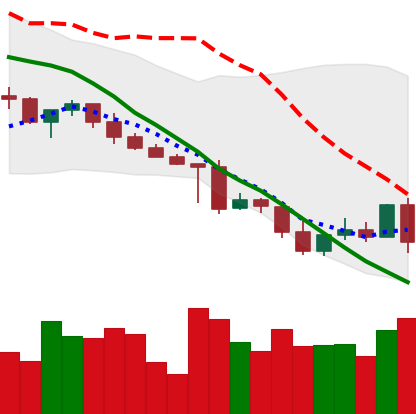
Ticker: XRP-USD
Chart end date: 2022-05-05
Forward return: -14.236%
Label: down_7plus